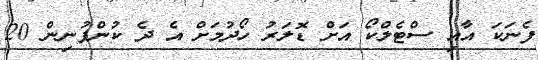
ފެނަކަ އާއި ސްޓެލްކޯ އަށް ޑޮލަރު ހޯދުމަށް އެ ދެ ކުންފުނިން 20